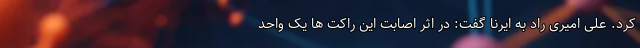
کرد. علی امیری راد به ایرنا گفت: در اثر اصابت این راکت ها یک واحد